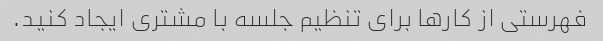
فهرستی از کارها برای تنظیم جلسه با مشتری ایجاد کنید.